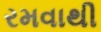
રમવાથી